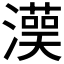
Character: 𱩩